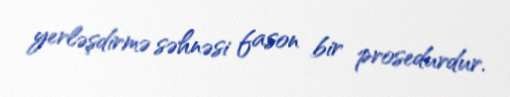
yerləşdirmə səhnəsi fason bir prosedurdur.